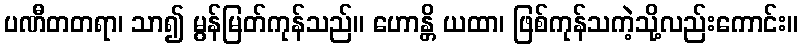
ပဏီတတရာ၊ သာ၍ မွန်မြတ်ကုန်သည်။ ဟောန္တိ ယထာ၊ ဖြစ်ကုန်သကဲ့သို့လည်းကောင်း။